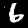
Digit: 6